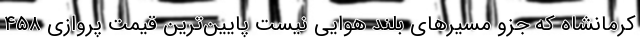
کرمانشاه که جزو مسیرهای بلند هوایی نیست پایین‌ترین قیمت پروازی ۴۵۸